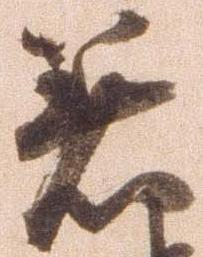
着